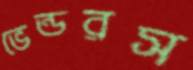
ভেন্ডরস